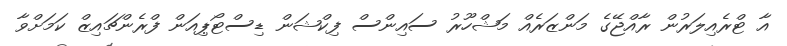
އާ ޓްރެއިލަރުން ރާއްޖޭގެ މަންޒަރެއް މަޝްހޫރު ސައިންސް ފިކްޝަން ޑިސްޓޯޕިއަން ފްރެންޗައިޒް ކަމަށްވާ